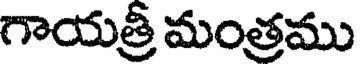
గాయత్రీ మంత్రము